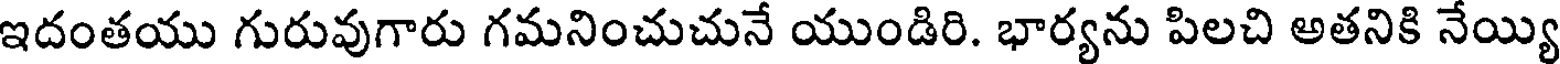
ఇదంతయు గురువుగారు గమనించుచునే యుండిరి. భార్యను పిలచి అతనికి నేయ్యి